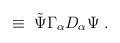
\begin{align*}\;\equiv\; {\tilde \Psi} \Gamma_\alpha D_\alpha \Psi \;.\end{align*}